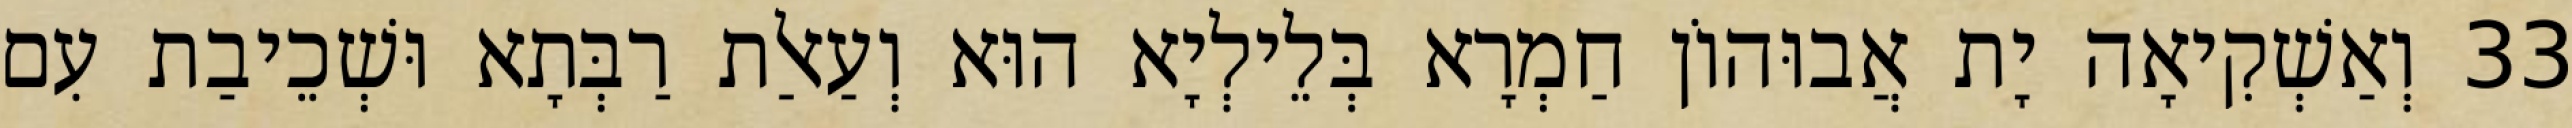
33 וְאַשְׁקִיאָה יָת אֲבוּהוֹן חַמְרָא בְּלֵילְיָא הוּא וְעַאלַת רַבְּתָא וּשְׁכֵיבַת עִם